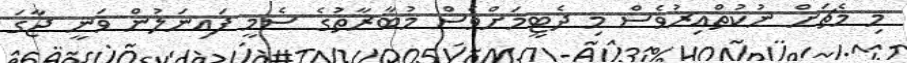
މި މެޗަށް ނުކުތްއިރުވެސް މި ދެޓީމަށްވެސް މުބާރާތުގެ ސެމީ ފައިނަލުން ވަނީ ޖާގަ